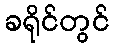
ခရိုင်တွင်